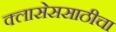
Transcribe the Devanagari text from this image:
क्लासेससाठीचा